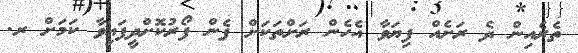
ތެރެއިން ދެ ރަށެއް ފިޔަވާ އެހެން ރަށްތަކަށް ފެން ފޯރުކޮށްދީފައިވާ ކަމަށް ރ.